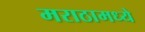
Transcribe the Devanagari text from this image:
मराठामध्ये